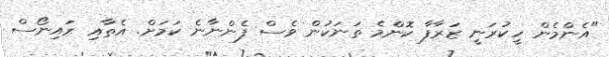
"އެންމެން ހީކުރަނީ ޒަރާފާ ކޮންމެ ތަނަކުން ވެސް ފެންނާނެ ކަމަށް. އެތާއި ރައިނޯސް